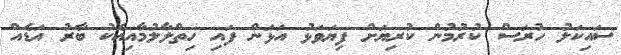
ސައިކަލު ހުރަސް ކުރުމުން ކުރިޔަށް ފިޔަވަޅު އަޅަން ފައި ހިތްލާލުމާއިއެކު ބާރު އަޑެއް